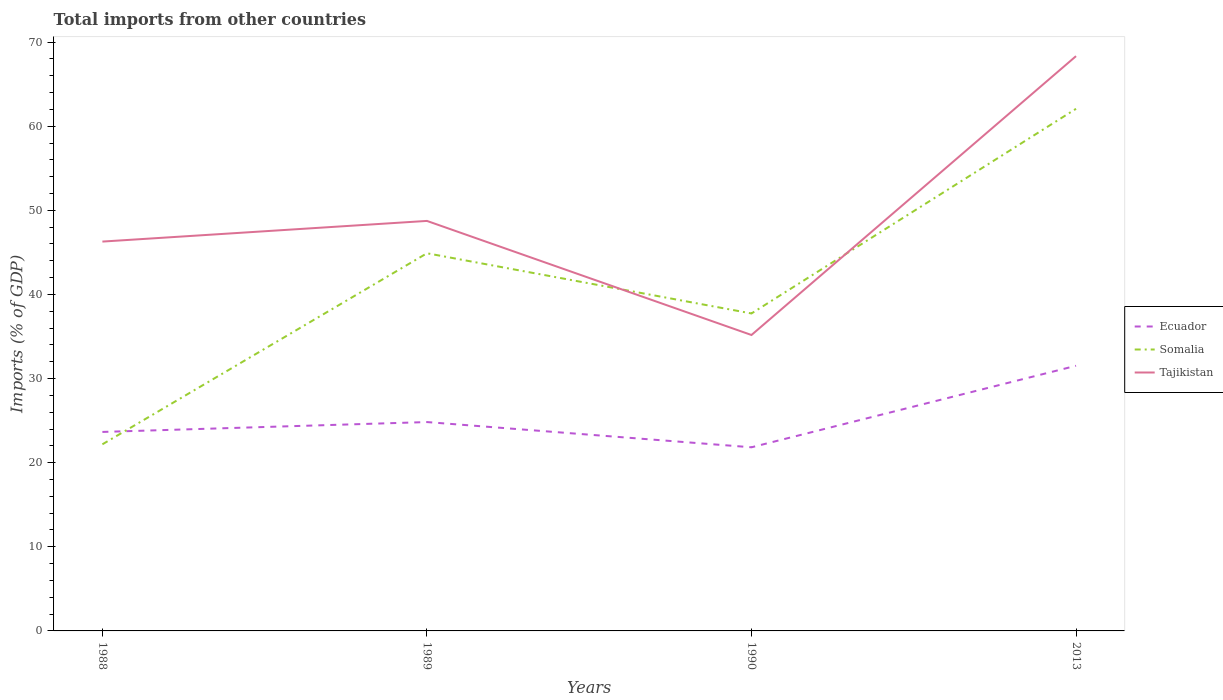
| Years | Ecuador | Somalia | Tajikistan |
 | --- | --- | --- | --- |
 | 1988 | 23.7 | 22.2 | 46.3 |
 | 1989 | 24.8 | 44.9 | 48.7 |
 | 1990 | 21.8 | 37.7 | 35.2 |
 | 2013 | 31.5 | 62.1 | 68.3 |